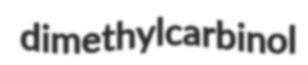
dimethylcarbinol